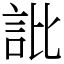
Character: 䚹